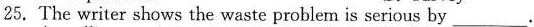
25. The writer shows the waste problem is serious by___.